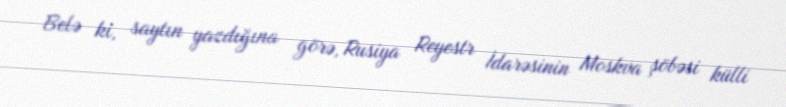
Belə ki, saytın yazdığına görə, Rusiya Reyestr İdarəsinin Moskva şöbəsi külli